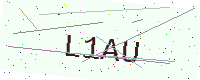
Text: L1AU